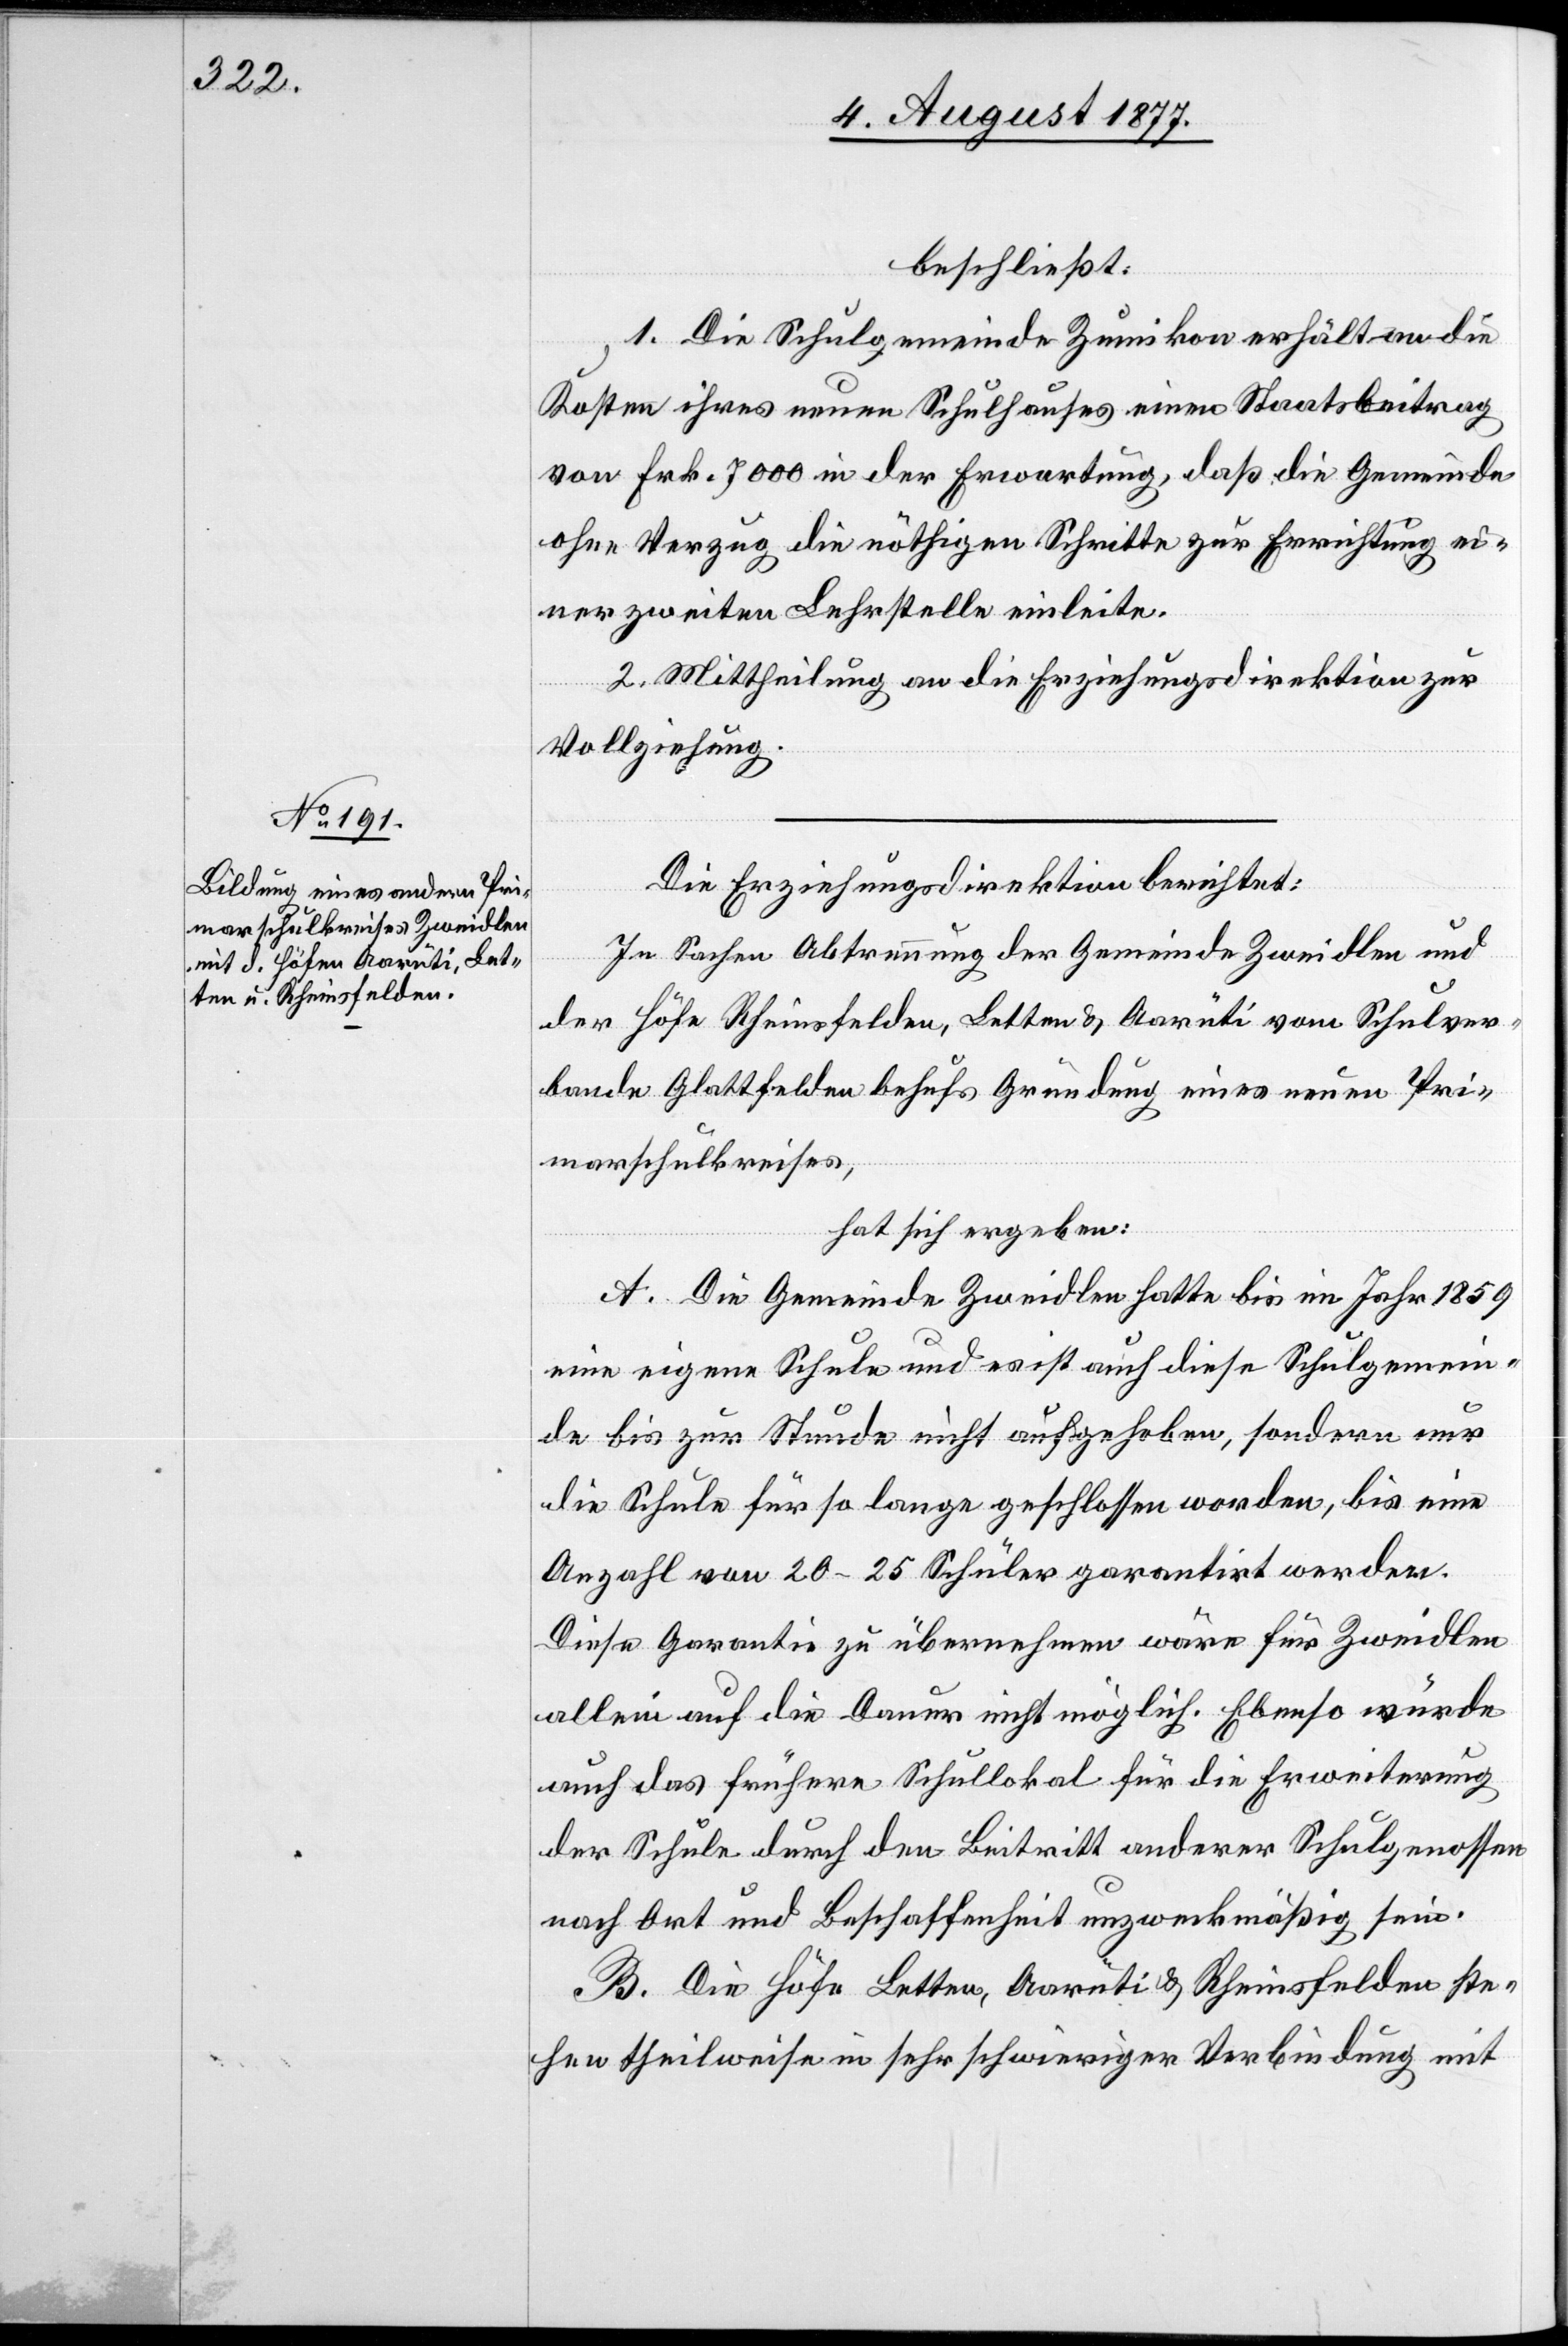
beschließt:
1. Die Schulgemeinde Zumikon erhält an die
Kosten ihres neuen Schulhauses einen Staatsbeitrag
von Frk. 7000 in der Erwartung, daß die Gemeinde
ohne Verzug die nöthigen Schritte zur Errichtung ei¬
ner zweiten Lehrstelle einleite.
2. Mittheilung an die Erziehungsdirektion zur
Vollziehung.
Die Erziehungsdirektion berichtet:
In Sachen Abtrennung der Gemeinde Zweidlen und
der Höfe Rheinsfelden, Letten & Aarüti vom Schulver¬
bande Glattfelden behufs Gründung eines neuen Pri¬
marschulkreises,
hat sich ergeben:
A. Die Gemeinde Zweidlen hatte bis im Jahr 1859
eine eigene Schule und es ist auch diese Schulgemein¬
de bis zur Stunde nicht aufgehoben, sondern nur
die Schule für so lange geschlossen worden, bis eine
Anzahl von 20–25 Schüler garantirt werden.
Diese Garantie zu übernehmen wäre für Zweidlen
allein auf die Dauer nicht möglich. Ebenso würde
auch das frühere Schullokal für die Erweiterung
der Schule durch den Beitritt anderer Schulgenossen
nach Ort und Beschaffenheit unzweckmäßig sein.
B. Die Höfe Letten, Aarüti & Rheinsfelden ste¬
hen theilweise in sehr schwieriger Verbindung mit